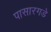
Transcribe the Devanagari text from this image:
पासारगडे